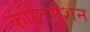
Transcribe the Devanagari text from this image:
कंस्टियूशन